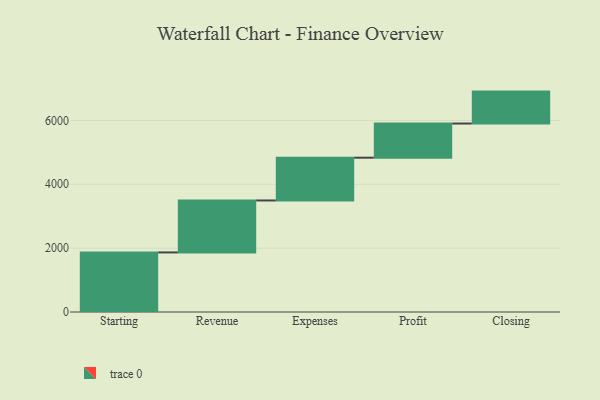
{"axis": {"x": "Step", "y": "Value"}, "legend": [""], "data": [{"x": "Starting", "y": 1866.0, "type": ""}, {"x": "Revenue", "y": 1627.0, "type": ""}, {"x": "Expenses", "y": 1340.0, "type": ""}, {"x": "Profit", "y": 1070.0, "type": ""}, {"x": "Closing", "y": 1000, "type": ""}]}